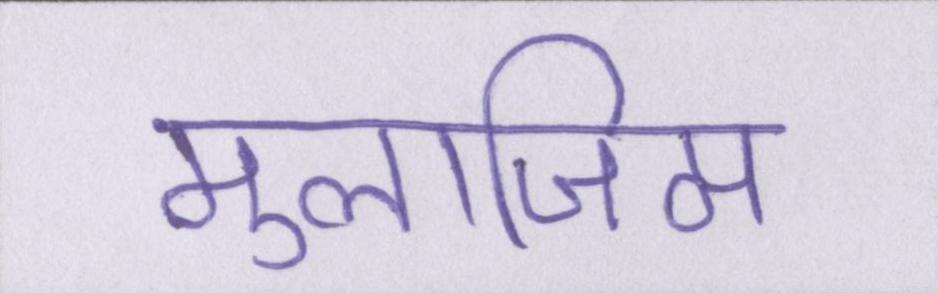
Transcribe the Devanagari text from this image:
मुलाजिम